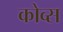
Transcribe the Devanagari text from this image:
कोव्स